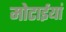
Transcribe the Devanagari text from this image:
मोटाईयां